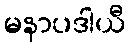
မနာပဒါယီ